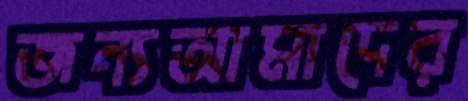
জন্যআমাদের